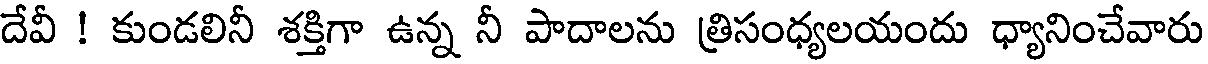
దేవీ ! కుండలినీ శక్తిగా ఉన్న నీ పాదాలను త్రిసంధ్యలయందు ధ్యానించేవారు